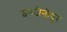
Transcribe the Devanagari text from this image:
इनजेनीयूर